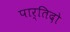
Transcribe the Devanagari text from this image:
पार्तिदो